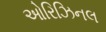
ઓરિઝિનલ